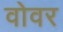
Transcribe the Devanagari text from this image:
वोवर